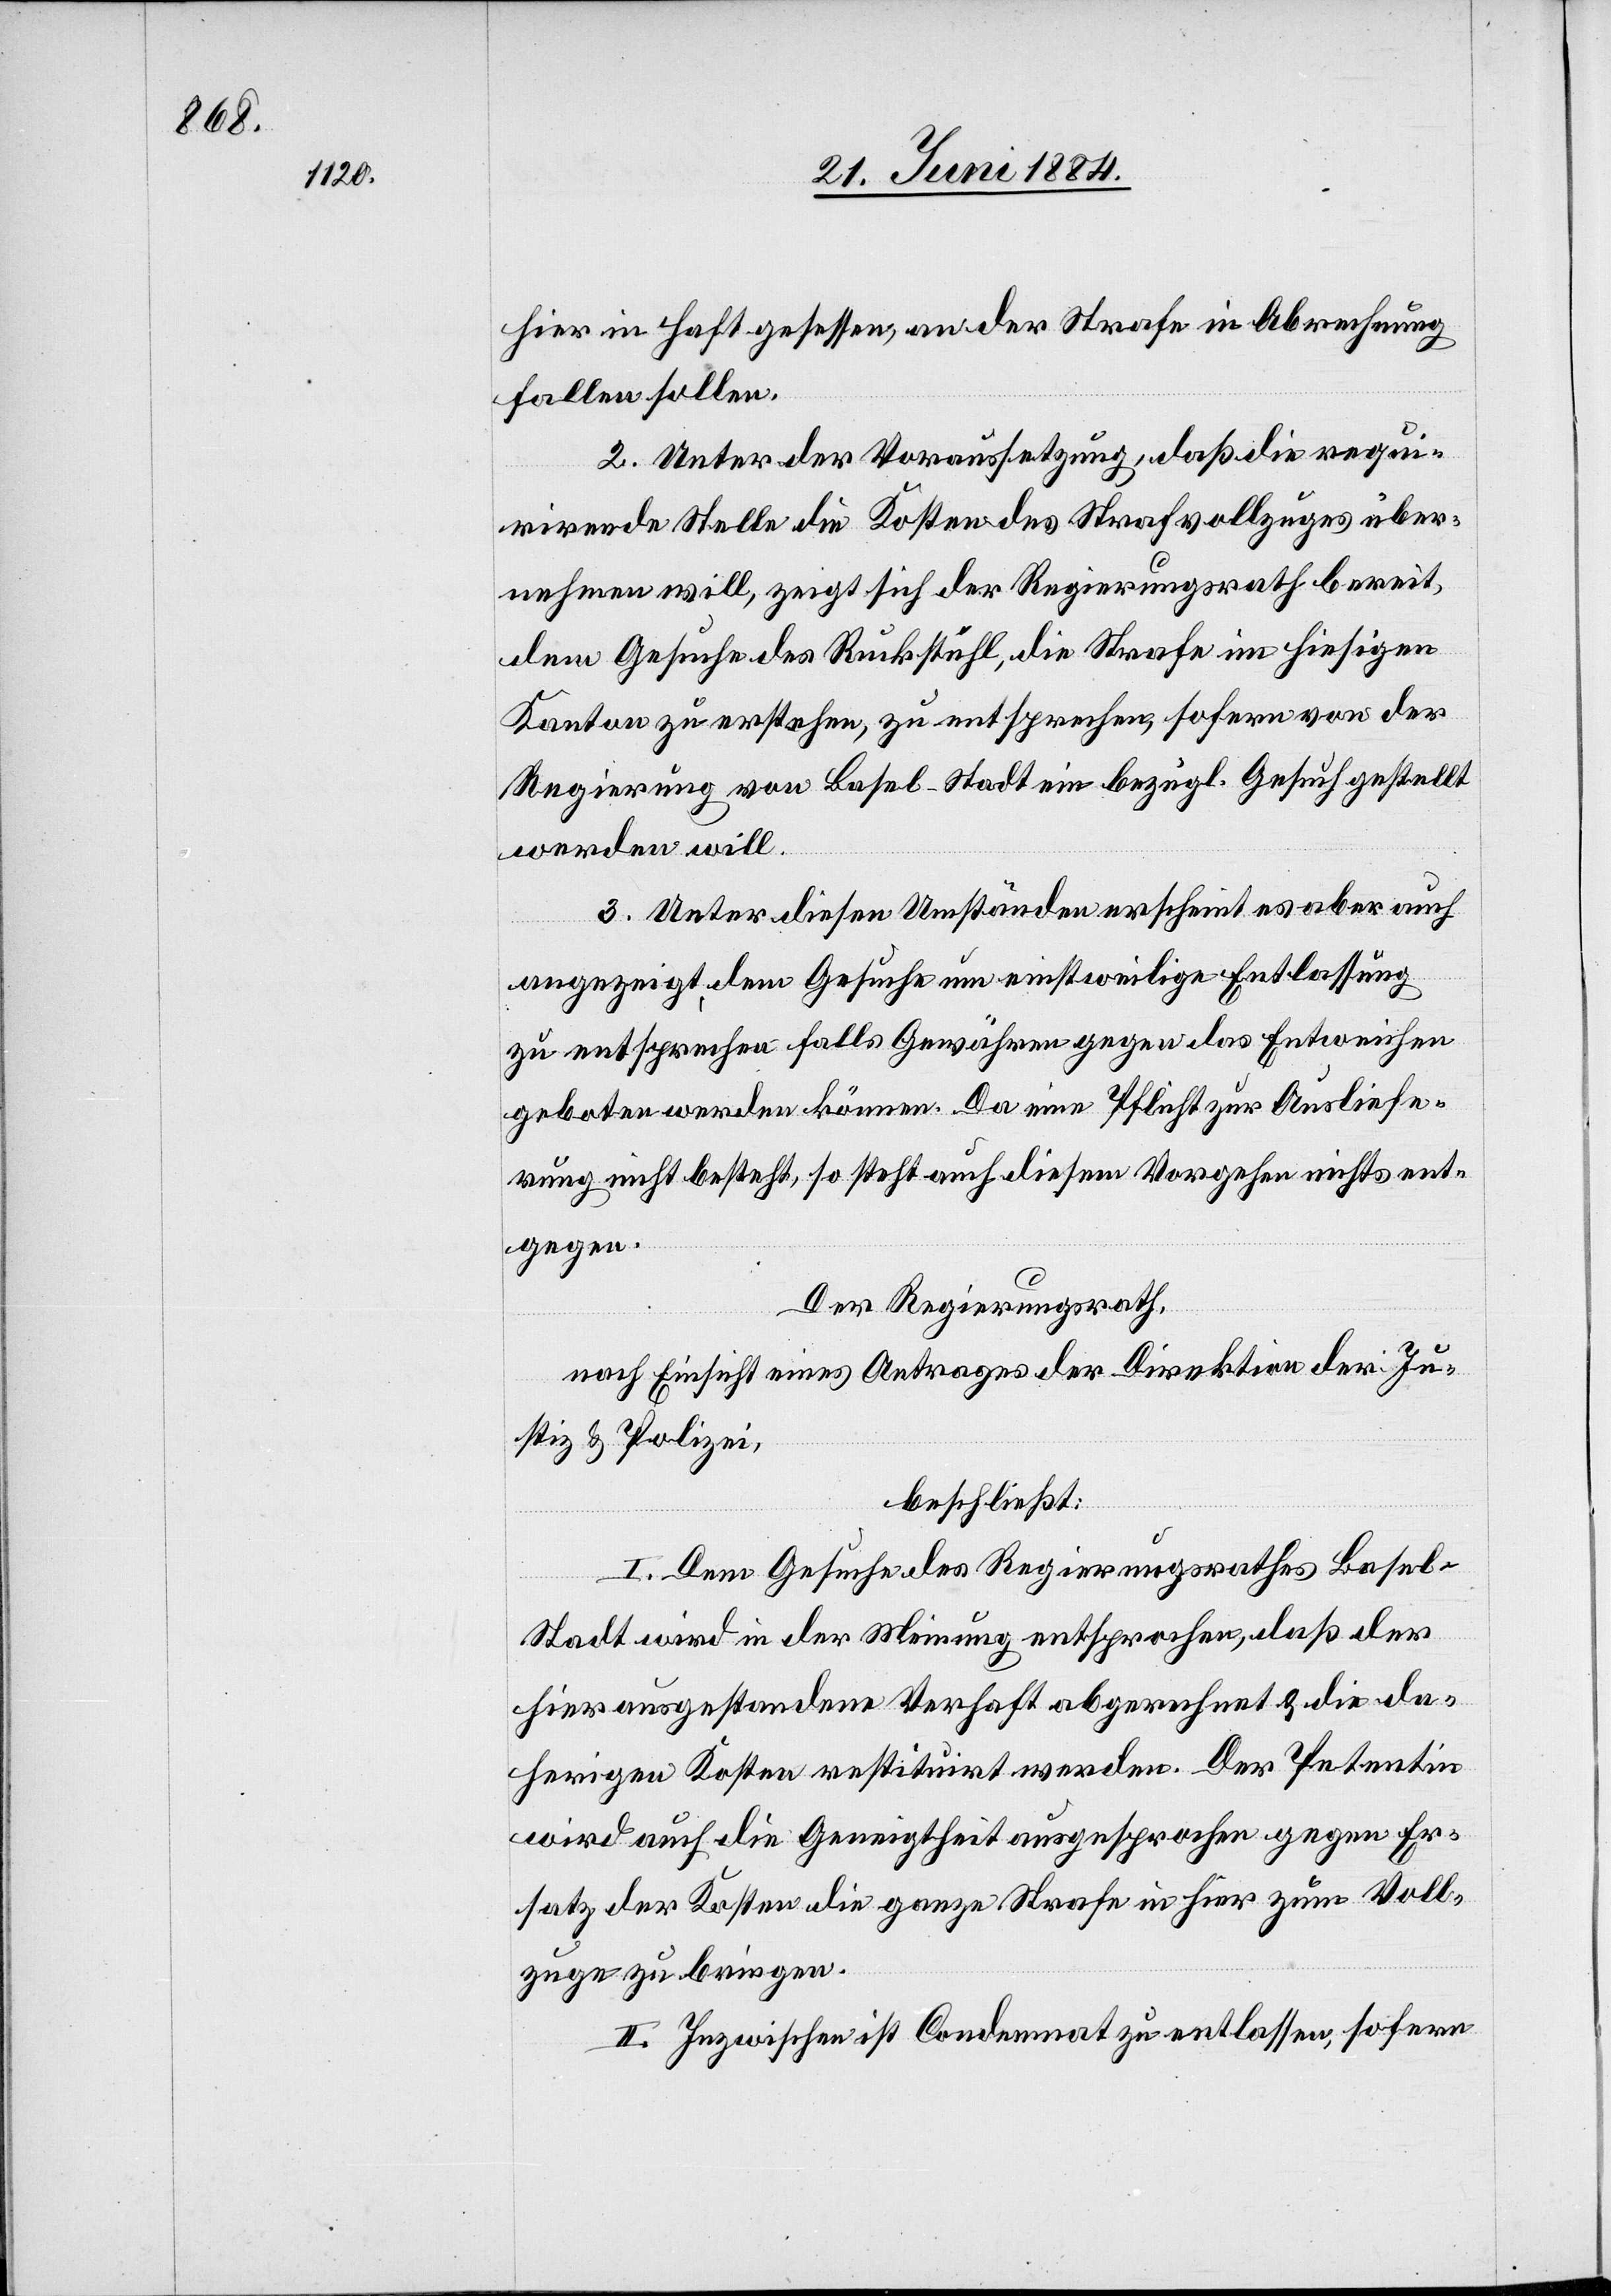
hier in Haft gesessen, an der Strafe in Abrechnung
fallen sollen.
2. Unter der Voraussetzung, daß die requ¬
irirende Stelle die Kosten des Strafvollzuges über¬
nehmen will, zeigt sich der Regierungsrath bereit
dem Gesuche des Ruckstuhl, die Strafe im hiesigen
Kanton zu erstehen, zu entsprechen, sofern von der
Regierung von Basel-Stadt ein bezügl. Gesuch gestellt
werden will.
3. Unter diesen Umständen erscheint es aber auch
angezeigt, dem Gesuche um einstweilige Entlassung
zu entsprechen falls Gewähren gegen das Entweichen
geboten werden können. Da eine Pflicht zur Ausliefe¬
rung nicht besteht, so steht auch diesem Vorgehen nichts ent¬
gegen.
Der Regierungsrath,
nach Einsicht eines Antrages der Direktion der Ju¬
stiz & Polizei,
beschließt:
I. Dem Gesuche des Regierungsrathes Basel-S¬
tadt wird in der Meinung entsprochen, daß der
hier ausgestandene Verhaft abgerechnet & die da¬
herigen Kosten restituirt werden. Der Petentin
wird auch die Geneigtheit ausgesprochen gegen Er¬
satz der Kosten die ganze Strafe in hier zum Voll¬
zug zu bringen.
II. Inzwischen ist Condemnat zu entlassen, sofern